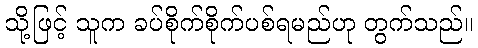
သို့ဖြင့် သူက ခပ်စိုက်စိုက်ပစ်ရမည်ဟု တွက်သည်။